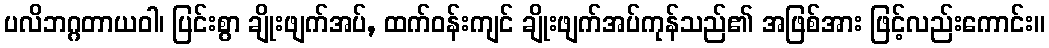
ပလိဘဂ္ဂတာယဝါ၊ ပြင်းစွာ ချိုးဖျက်အပ်, ထက်ဝန်းကျင် ချိုးဖျက်အပ်ကုန်သည်၏ အဖြစ်အား ဖြင့်လည်းကောင်း။